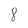
Character: 8